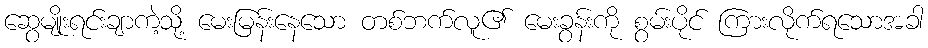
ဆွေမျိုးရင်းချာကဲ့သို့ မေးမြန်းနေသော တစ်ဘက်လူ၏ မေးခွန်းကို စွမ်းပိုင် ကြားလိုက်ရသောအခါ